Calcutta medical institutions reports 1871-78
Year: 1871
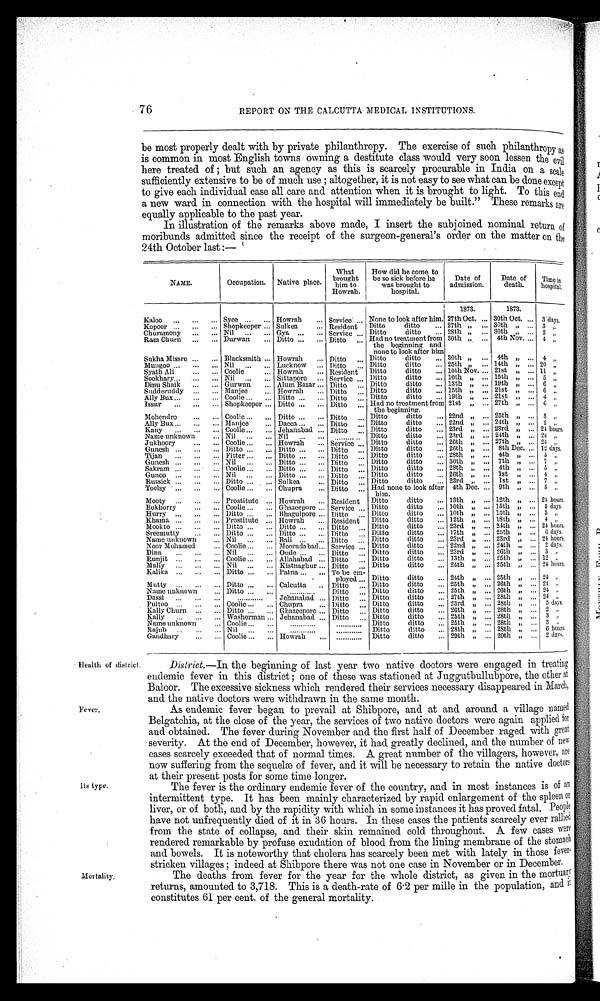
76
REPORT ON THE CALCUTTA MEDICAL INSTITUTIONS.
be most properly dealt with by private philanthropy. The exercise of such philanthropy
a s
is common in most English towns owning a destitute class would very soon lessen the evil
here treated of ; but such an agency as this is scarcely procurable in India on a scale
sufficiently extensive to be of much use ; altogether, it is not easy to see what can be done
e x c e p t
to give each individual case all care and attention when it is brought to light. To this end
a new ward in connection with the hospital will immediately be built." These remarks are
equally applicable to the past year.
In illustration of the remarks above made, I insert the subjoined nominal return of
moribunds admitted since the receipt of the surgeon-general's order on the matter on the
24th October last :—
NAME.
Occupation.
Native place.
What
brought
him to
Howrah.
How did he come to
be so sick before he
was brought to
hospital.
Date of
admission.
Date of
death.
Time in
hospital.
1873.
1873.
Kaloo
Syce
Howrah
Service
None to look after him. 27th Oct.
30th Oct.
3 days.
Kopoor
Shopkeeper
Sulkea
Resident
Ditto ditto
27th ,,
30th ,,
3 ,,
Churamony
Nil
Gya
Service
Ditto ditto
28th ,,
30th ,,
2 ,,
Ram Churn
Durwan
Ditto
Ditto
Had no treatment from
the beginning and
none to look after him
30th „
4th Nov. ... 4 ,,
Sukha Missre
Blacksmith
Howrah
Ditto
Ditto ditto
30th ,,
4th ,,
4 ,,
Mungoo
Nil
Lucknow
Ditto
Ditto ditto
25th ,,
14th ,,
20 ,,
Syath Ali
Coolie
Howrah
Resident
Ditto ditto
10th Nov.
21st „
11 ,,
Sookhary.
Nil
Sittapore
Service
Ditto ditto
10th „
15th ,,
5 ,,
Dinu Shaik
Gurwan
Alum Bazar
Ditto
Ditto ditto
13th „
19th ,,
6 „
Sudderuddy
Manjee
Howrah
Ditto
Ditto ditto
15th „
21st „
6 „
Ally Bux
Coolie
Ditto
Ditto
Ditto ditto
19th ,,
21st „
4 ,,
Issur
Shopkeeper
Ditto
Ditto
Had no treatment from
the beginning.
21st „
27th ,,
6 „
Mohendro
Coolie
Ditto
Ditto
Ditto ditto
22nd ,,
25th ,,
3 ,,
Ally Bux
Manjee
Dacca
Ditto
Ditto ditto
22nd ,,
24th ,,
2 ,,
Kany
Coolie
Jehanabad
Ditto
Ditto ditto
23rd ,,
23rd ,,
24 hours
Name unknown
Nil
Nil
Ditto
Ditto ditto
23rd ,,
24th ,,
24 ,,
Jukhoory
Coolie
Howrah
Service
Ditto ditto
26th ,,
27th ,,
24 ,,
Gunesh
Ditto
Ditto
Ditto
Ditto ditto
26th ,,
8th Dec ,,
12 days,
Tijan
Fitter
Ditto
Ditto
Ditto ditto
28th ,,
4th ,,
5 , ,
Gunesh
Nil
Ditto
Ditto
Ditto ditto
30th ,,
7th ,,
7 ,,
Sakram
Coolie
Ditto
Ditto
Ditto ditto
28th ,,
4t h ,,
5 ,,
Gunoo
Nil
Ditto
Ditto
Ditto ditto
26th ,,
1st ,,
4 ,,
Russick
Ditto
Sulkea
Ditto
Ditto ditto
23rd ,,
1st ,,
7 ,,
Toolsy
Coolie
Chupra
Ditto
Had none to look after
him.
4th Dec.
9th „
5 ,,
Mooty
Prostitute
Howrah
Resident
Ditto ditto
13th „
12th „
24 hours.
Bokhorry
Coolie
Ghazepore
Service ... Ditto ditto
10th ,,
15th ,,
5 days.
Hurry
Ditto
Bhagul pore
Ditto
Ditto ditto
10th ,,
15th ,,
5 ,,
Khaina
Prostitute
Howrah
Resident
Ditto ditto
12th ,,
18th „
4 ,,
Mookto
Ditto
Ditto
Ditto
Ditto ditto
23rd ,,
24th ,,
24 hours.
Sreemutty
Ditto
Ditto
Ditto
Ditto ditto
17th ,,
25th ,,
6 days.
Name unknown
Nil
Bali
Ditto
Ditto ditto
23rd ,,
23rd ,,
24 hours.
Noor Mohamed
Coolie
Mooradabad
Servi ce. Ditto ditto
22nd ,,
24th ,,
2 days.
Dina
Nil
Oude
Ditto
Ditto ditto
23rd ,,
26th ,,
3 ,,
Runjit
Coolie
Allahabad
Ditto
Ditto ditto
13th ,,
25th ,,
12 ,,
Mally
Nil
Kistnaghur
Ditto
Ditto ditto
24th „
25th „
21 hours.
Kalika
Ditto
Patna
To be em-
ployed
Ditto ditto
24th „
25th „
21 „
Mutty
Ditto
Calcutta
Ditto
Ditto ditto
25th „
26th „
21 ,,
Name unknown
Ditto
............
Ditto
Ditto ditto
25th „
26th „
24 „
Dassi
............
Jehanabad
Ditto
Ditto ditto
27th „
28th „
24 ,,
Pultoo
Coolie
Chupra
Ditto
Ditto ditto
23rd ,,
28th ,,
5 days.
Kally Churn
Ditto
Ghazeepore
Ditto Ditto ditto
26th ,,
28th ,,
2 ,,
Kelly
Washerman
Jehanabad
Ditto
Ditto ditto
25th ,,
28th ,,
3 ,,
Name unknown
Coolie
............
............
Ditto ditto
25th ,,
28th ,,
3 ,,
Rajub
Nil
............
............
Ditto ditto
28th ,,
28th ,,
6 hours.
Gandhary
Coolie
Howrah
............
Ditto ditto
29th ,,
29th „
2 days.
Health of district.
District. —In the beginning of last year two native doctors were engaged in treating
endemic fever in this district ; one of these was stationed at Juggutbullubpore, the other at
Baloor. The excessive sickness which rendered their services necessary disappeared in March,
and the native doctors were withdrawn in. the same month.
Fever.
As endemic fever began to prevail at Shibpore, and at and around a village named
Belgatchia, at the close of the the services of two native doctors were again applied for
and obtained. The fever during November and the first half of December raged with great
severity. At the end of December, however, it had greatly declined, and the number of new
cases scarcely exceeded that of normal times. A great number of the villagers, however, are
now suffering from the sequelæ of fever, and it will be necessary to retain. the native docto
r s
at their present posts for some time longer.
Its type.
The fever is the ordinary endemic fever of the country, and in most instances is of an
intermittent type. It has been mainly characterized by rapid enlargement of the spleen
o r
liver, or of both, and by the rapidity with which in some instances it has proved fatal. People
have not unfrequently died of it in 36 hours. In these cases the patients scarcely ever rallied
from the state of collapse, and their skin remained cold throughout. A few cases
w e r e
rendered remarkable by profuse exudation of blood from the lining membrane of the
s t o m a c h
and bowels. It is noteworthy that cholera has scarcely been met with lately in those fever-
stricken villages ; indeed at Shibpore there was not one case in November or in December.
Mortality.
The deaths from fever for the year for the whole district, as given in the
m o r t u a r y
returns, amounted to 3,718. This is a death-rate of 6·2 per mille in the population, and it
constitutes 61 per cent. of the general mortality.